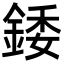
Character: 錗